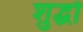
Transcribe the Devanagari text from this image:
शुद्धो